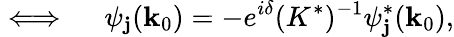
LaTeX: \iff\quad\psi_{\mathbf{j}}({\mathbf{k}}_{0})=-e^{i\delta}(K^{*})^{-1}\psi_{\mathbf{j}}^{*}({\mathbf{k}}_{0}),